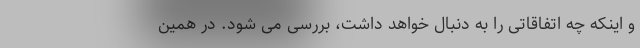
و اینکه چه اتفاقاتی را به دنبال خواهد داشت، بررسی می شود. در همین